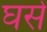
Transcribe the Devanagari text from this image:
घसे